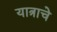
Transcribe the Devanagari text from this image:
यात्राचे